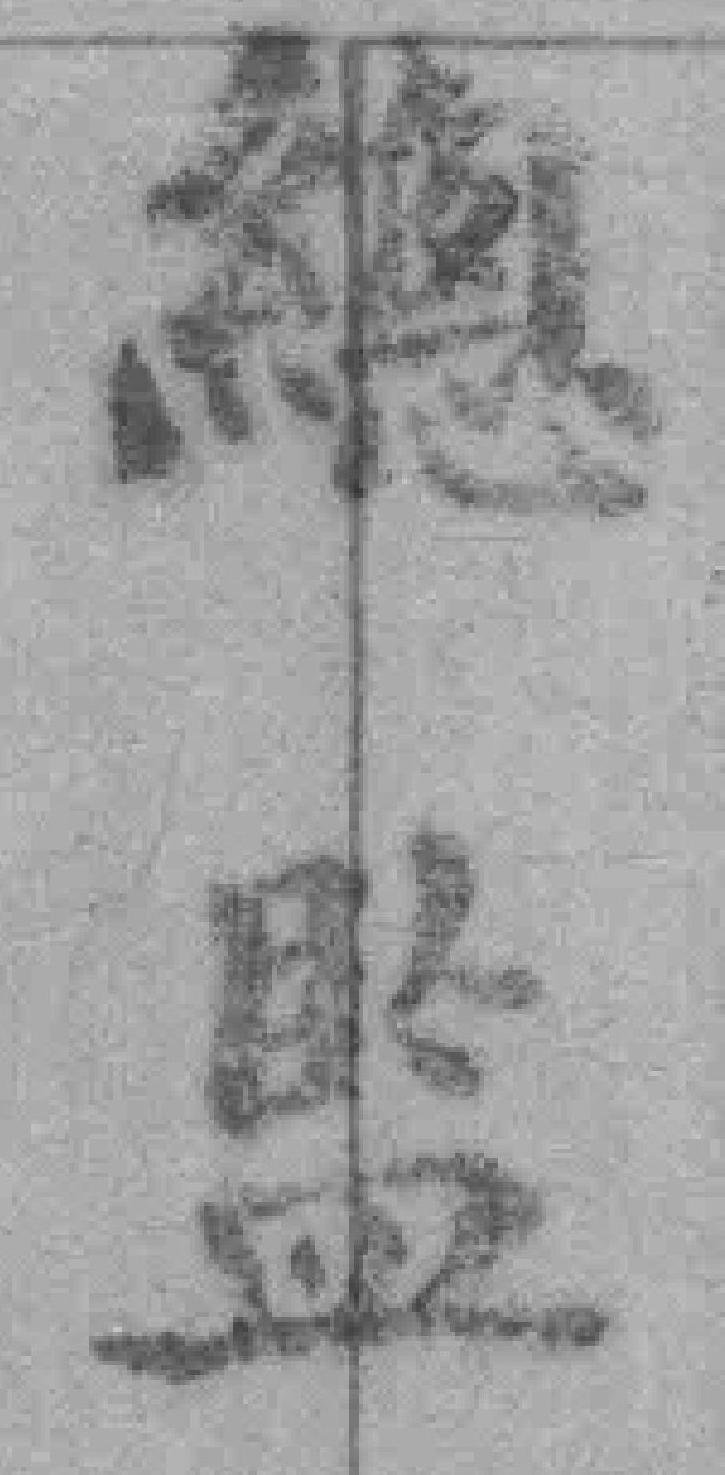
總監